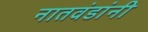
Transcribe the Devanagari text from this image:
नातवंडांनी